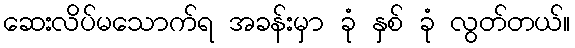
ဆေးလိပ်မသောက်ရ အခန်းမှာ ခုံ နှစ် ခုံ လွတ်တယ်။